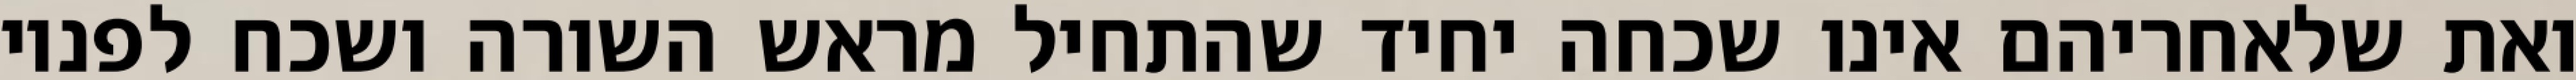
ואת שלאחריהם אינו שכחה יחיד שהתחיל מראש השורה ושכח לפניו